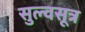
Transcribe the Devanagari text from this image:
सुल्वसूत्र